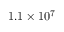
1 . 1 \times 1 0 ^ { 7 }